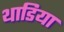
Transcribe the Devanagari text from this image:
थाडिया